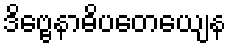
ဒိဗ္ဗေနာဓိပတေယျေန